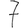
Digit: 7